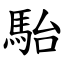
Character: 駘